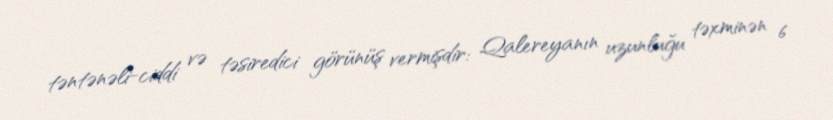
təntənəli-ciddi və təsiredici görünüş vermişdir: Qalereyanın uzunluğu təxminən 6